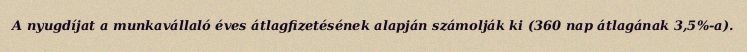
A nyugdíjat a munkavállaló éves átlagfizetésének alapján számolják ki (360 nap átlagának 3,5%-a).